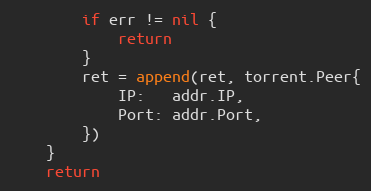
Language: Go
		if err != nil {
			return
		}
		ret = append(ret, torrent.Peer{
			IP:   addr.IP,
			Port: addr.Port,
		})
	}
	return